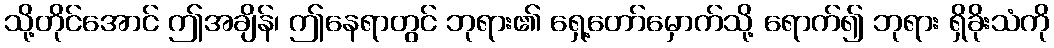
သို့တိုင်အောင် ဤအချိန်၊ ဤနေရာတွင် ဘုရား၏ ရှေ့တော်မှောက်သို့ ရောက်၍ ဘုရား ရှိခိုးသံကို